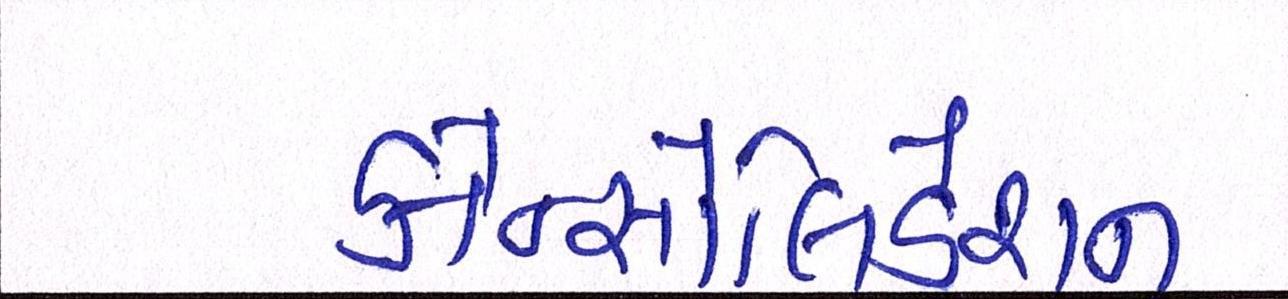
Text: કોન્સોલિડેશન